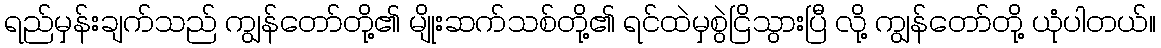
ရည်မှန်းချက်သည် ကျွန်တော်တို့၏ မျိုးဆက်သစ်တို့၏ ရင်ထဲမှစွဲငြိသွားပြီ လို့ ကျွန်တော်တို့ ယုံပါတယ်။